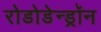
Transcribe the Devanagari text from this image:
रोडोडेन्‍ड्रॉन